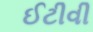
ઈટીવી